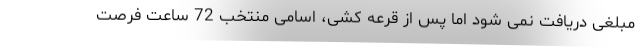
مبلغی دریافت نمی شود اما پس از قرعه کشی، اسامی منتخب 72 ساعت فرصت